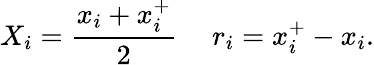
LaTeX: X_{i}=\frac{x_{i}+x_{i}^{+}}{2}\ \ \ \ \ r_{i}=x_{i}^{+}-x_{i}.